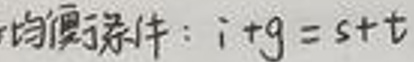
均衡条件：$i + g = s + t$